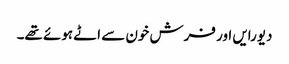
دیورایں اور فرش خون سے اٹے ہوئے تھے۔